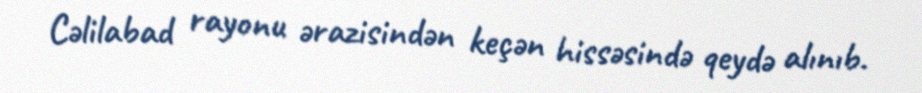
Cəlilabad rayonu ərazisindən keçən hissəsində qeydə alınıb.